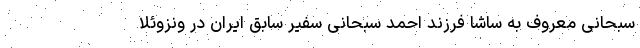
سبحانی معروف به ساشا فرزند احمد سبحانی سفیر سابق ایران در ونزوئلا